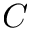
C